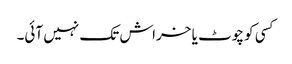
کسی کو چوٹ یا خراش تک نہیں آئی۔